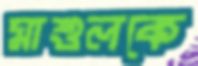
মাশুলকে